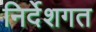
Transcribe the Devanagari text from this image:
निर्देशगत